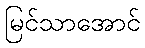
မြင်သာအောင်